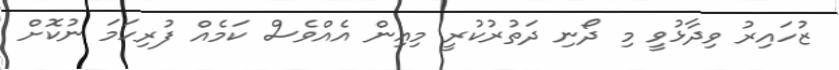
ޒުހައިރު ވިދާޅުވީ މި ދޯނި ދަތުރުކުރީ މިއިން އެއްވެސް ކަމެއް ފުރިހަމަ ނުކޮށް